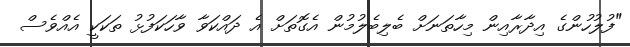
"ފުލުހުންގެ އިދާރާއިން މިހާތަނަށް ބެލިބެލުމުން އެގޮތަށް އެ ދައްކަވާ ވާހަކަފުޅު ތަކަކީ އެއްވެސް